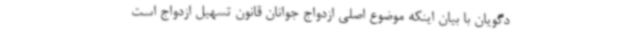
دگویان با بیان اینکه موضوع اصلی ازدواج جوانان قانون تسهیل ازدواج است